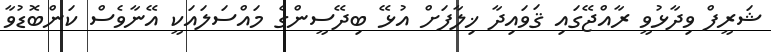
ޝަރީފް ވިދާޅުވީ ރާއްޖޭގައި ޤަވައިދާ ޚިލާފަށް އުޅޭ ބިދޭސީންގެ މައްސަލައަކީ އޭނާވެސް ކަންބޮޑުވާ